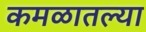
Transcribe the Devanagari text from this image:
कमळातल्या